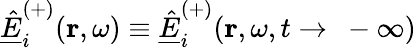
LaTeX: \underline{{\hat{E}}}_{i}^{(+)}(\mathbf{r},\omega)\equiv\underline{{\hat{E}}}_{i}^{(+)}(\mathbf{r},\omega,t\rightarrow\ -\infty)